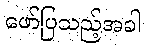
ဖော်ပြသည့်အခါ